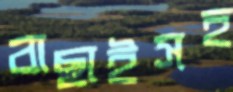
বাছাইসহ